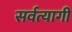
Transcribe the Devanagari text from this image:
सर्वत्यागी